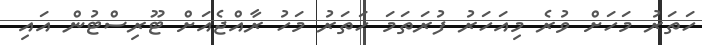
ހަތަރު މަހަށް ވުރެ މިއަހަރު ފުރަތަމަ ހަތަރު މަހު ރާއްޖެއަށް ޓޫރިސްޓުން އައި